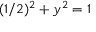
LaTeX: ( 1 / 2 ) ^ { 2 } + y ^ { 2 } = 1